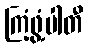
ကြံ့ဖွံ့ပါတီ